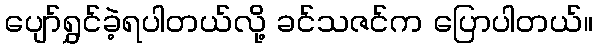
ပျော်ရွှင်ခဲ့ရပါတယ်လို့ ခင်သဇင်က ပြောပါတယ်။